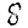
Digit: 8